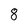
Character: 8